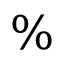
\%